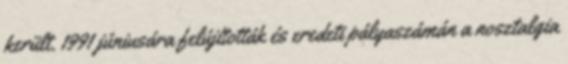
került. 1991 júniusára felújították és eredeti pályaszámán a nosztalgia